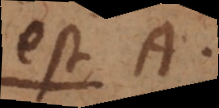
est B.